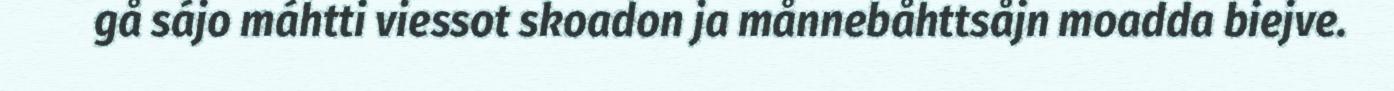
gå sájo máhtti viessot skoadon ja månnebåhttsåjn moadda biejve.